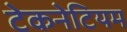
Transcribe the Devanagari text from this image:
टेकनेटियम